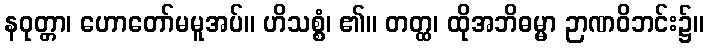
နဝုတ္တာ၊ ဟောတော်မမူအပ်။ ဟိသစ္စံ၊ ၏။ တတ္ထ၊ ထိုအဘိဓမ္မာ ဉာဏဝိဘင်း၌။